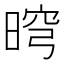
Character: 𣇬